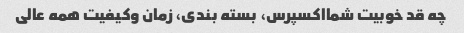
چه قد خوبیت شمااکسپرس، بسته بندی، زمان وکیفیت همه عالی